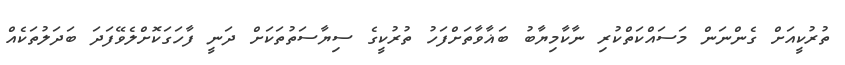
ތުރުކީއަށް ގެންނަން މަސައްކަތްކުރި ނާކާމިޔާބު ބަޣާވާތަށްފަހު ތުރުކީގެ ސިޔާސަތުތަކަށް ދަނީ ފާހަގަކޮށްލެވޭފަދަ ބަދަލުތަކެއް